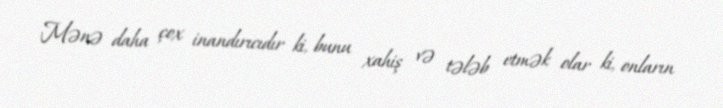
Mənə daha çox inandırıcıdır ki, bunu xahiş və tələb etmək olar ki, onların